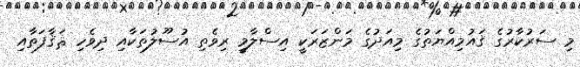
މި ސަރުކާރުގެ ޤައުމިއްޔަތުގެ މިއަދުގެ މަންޒަރަކީ އިސްލާމީ ރިވެތި އުސޫލުތަކާއި ދިވެހި ޘަޤާފަތާއި